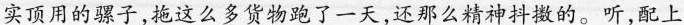
实顶用的骡子，拖这么多货物跑了一天，还那么精神抖擞的。听，配上